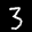
Label: 3